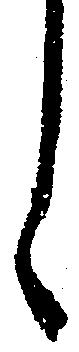
し